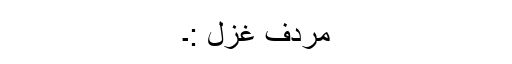
مردف غزل :۔